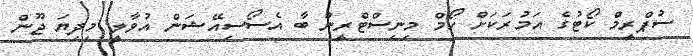
ސުޕްރީމް ކޯޓުގެ އަމުރަކަށް ހޯމް މިިނިސްޓްރީން ބާ އެސޯސިއޭޝަން އުވާލީ މިދިޔަ ޖޫން